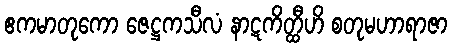
ဧကမာတုကော ဇေဋ္ဌကသီလံ နာဋကိတ္ထီဟိ စတုမဟာရာဇာ